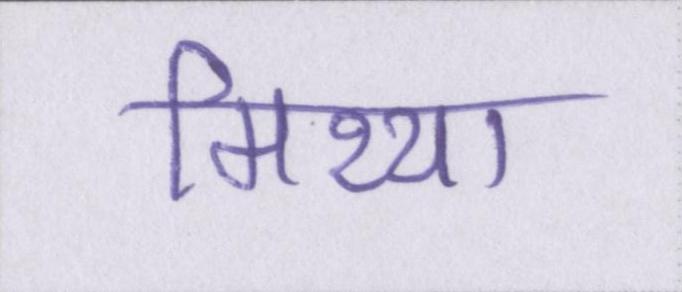
मिथ्या